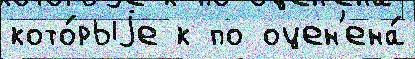
кото́рыjе к по оцен'ена́